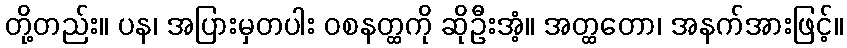
တို့တည်း။ ပန၊ အပြားမှတပါး ဝစနတ္ထကို ဆိုဦးအံ့။ အတ္ထတော၊ အနက်အားဖြင့်။